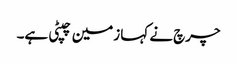
چرچ نے کہا زمین چپٹی ہے۔